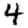
Digit: 4